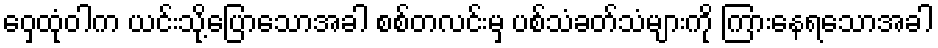
ဝှေ့ထုံဝါက ယင်းသို့ပြောသောအခါ စစ်တလင်းမှ ပစ်သံခတ်သံများကို ကြားနေရသောအခါ